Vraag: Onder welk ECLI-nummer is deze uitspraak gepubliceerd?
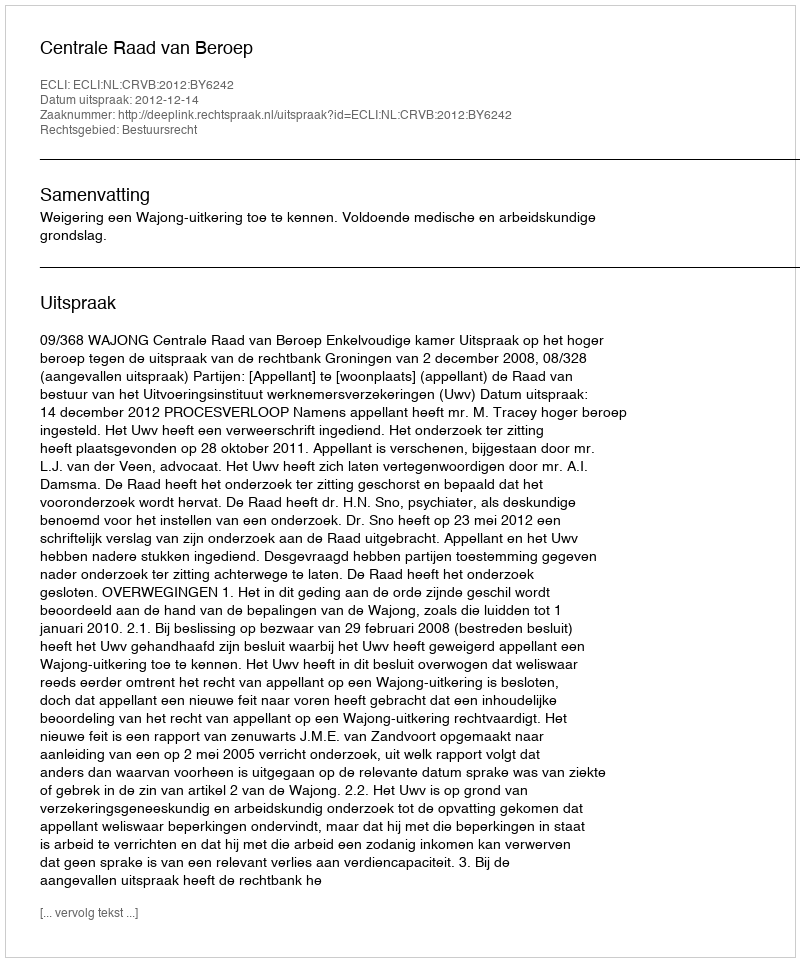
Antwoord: ECLI:NL:CRVB:2012:BY6242